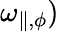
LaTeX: \omega_{\parallel,\phi})